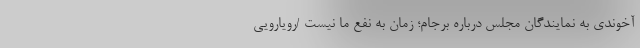
آخوندی به نمایندگان مجلس درباره برجام؛ زمان به نفع ما نیست /رویارویی